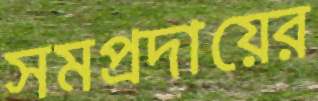
সমপ্রদায়ের